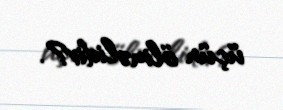
üçün ölməlidir?.